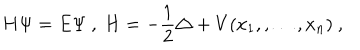
H \Psi = E \Psi \ , \ H = - \frac { 1 } { 2 } \triangle + V ( x _ { 1 } , , \ldots , x _ { n } ) \ ,